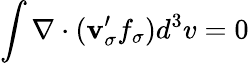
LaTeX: \int\nabla\cdot({\mathbf v}_{\sigma}^{\prime}f_{\sigma})d^{3}v=0